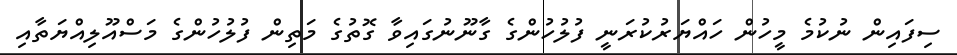
ސިފައިން ނުކުމެ މީހުން ހައްޔަރުކުރަނީ ފުލުހުންގެ ގާނޫނުގައިވާ ގޮތުގެ މަތިން ފުލުހުންގެ މަސްއޫލިއްޔަތާއި